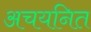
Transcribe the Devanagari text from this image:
अचयनित